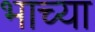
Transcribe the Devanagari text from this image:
भाच्या